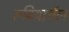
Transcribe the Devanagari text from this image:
रूबियारॉल